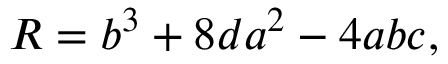
R = b ^ { 3 } + 8 d a ^ { 2 } - 4 a b c ,